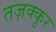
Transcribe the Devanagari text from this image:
तज़क्कुर